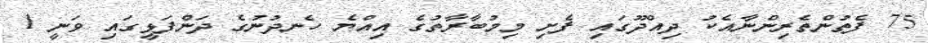
75 ފެތުންތެރިންނާއެކު ދިއްދޫގައި ފެށި މިމުބާރާތުގެ އިއްޔެ ހެނދުނުގެ ދަންފަޅީގައި ވަނީ 1